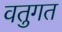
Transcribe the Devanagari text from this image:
वतुगत